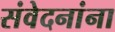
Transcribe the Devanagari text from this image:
संवेदनांना